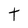
Character: t